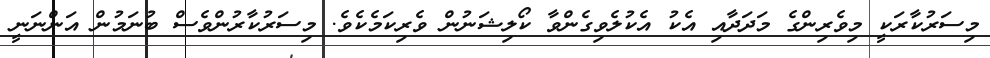
މިސަރުކާރަކީ މިވެރިންގެ މަދަދާއި އެކު އެކުލެވިގެންވާ ކޯލިޝަނުން ވެރިކަމެކެވެ. މިސަރުކާރުންވެސް ބުނަމުން އަންނަނީ